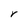
Character: r